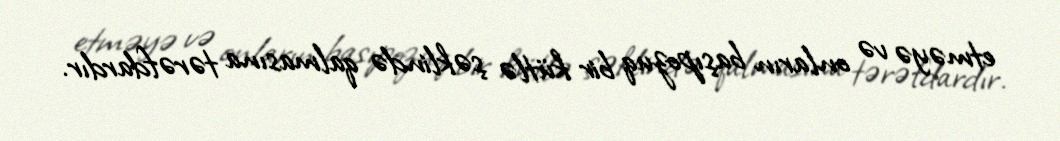
etməyə və onların başıpozuq bir kütlə şəklində qalmasına tərəfdardır.